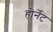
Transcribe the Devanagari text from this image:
होर्नेट